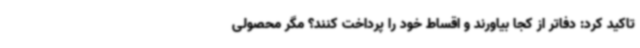
تاکید کرد: دفاتر از کجا بیاورند و اقساط خود را پرداخت کنند؟ مگر محصولی